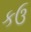
કઉ